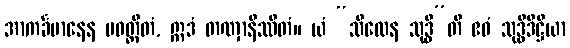
အာကင်္ခမာနေန ပဝတ္တိတံ, ဣဒံ တဏှာနိဿိတံ။ ယံ “သီလေန သုဒ္ဓီ”တိ ဧဝံ သုဒ္ဓိဒိဋ္ဌိယာ